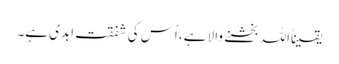
یقیناًاللہ بخشنے والا ہے، اُس کی شفقت ابدی ہے۔